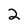
Character: 2